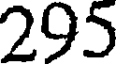
295